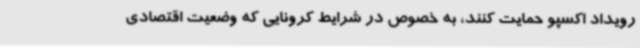
رویداد اکسپو حمایت کنند، به خصوص در شرایط کرونایی که وضعیت اقتصادی